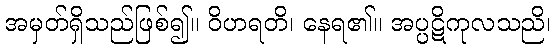
အမှတ်ရှိသည်ဖြစ်၍။ ဝိဟရတိ၊ နေရ၏။ အပ္ပဋိကုလသညိ၊